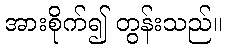
အားစိုက်၍ တွန်းသည်။